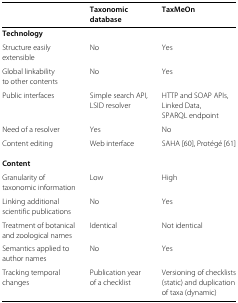
<table><thead><tr><td></td><td><b>Taxonomic</b></td><td><b>TaxMeOn</b></td></tr><tr><td></td><td><b>database</b></td><td></td></tr></thead><tbody><tr><td><b>Technology</b></td><td></td><td></td></tr><tr><td>Structure easily</td><td>No</td><td>Yes</td></tr><tr><td>extensible</td><td></td><td></td></tr><tr><td>Global linkability</td><td>No</td><td>Yes</td></tr><tr><td>to other contents</td><td></td><td></td></tr><tr><td>Public interfaces</td><td>Simple search API,</td><td>HTTP and SOAP APIs,</td></tr><tr><td></td><td>LSID resolver</td><td>Linked Data,</td></tr><tr><td></td><td></td><td>SPARQL endpoint</td></tr><tr><td>Need of a resolver</td><td>Yes</td><td>No</td></tr><tr><td>Content editing</td><td>Web interface</td><td>SAHA [60], Protégé [61]</td></tr><tr><td><b>Content</b></td><td></td><td></td></tr><tr><td>Granularity of</td><td>Low</td><td>High</td></tr><tr><td>taxonomic information</td><td></td><td></td></tr><tr><td>Linking additional</td><td>No</td><td>Yes</td></tr><tr><td>scientific publications</td><td></td><td></td></tr><tr><td>Treatment of botanical</td><td>Identical</td><td>Not identical</td></tr><tr><td>and zoological names</td><td></td><td></td></tr><tr><td>Semantics applied to</td><td>No</td><td>Yes</td></tr><tr><td>author names</td><td></td><td></td></tr><tr><td>Tracking temporal</td><td>Publication year</td><td>Versioning of checklists</td></tr><tr><td>changes</td><td>of a checklist</td><td>(static) and duplication</td></tr><tr><td></td><td></td><td>of taxa (dynamic)</td></tr></tbody></table>